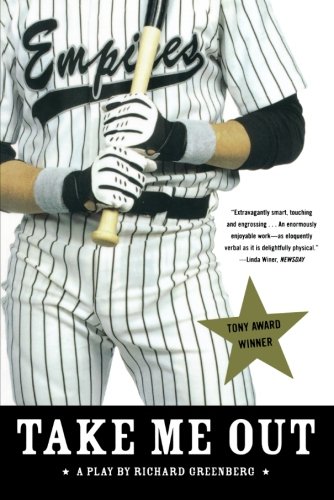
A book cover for Take Me Out: A Play; Richard Greenberg; Gay & Lesbian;